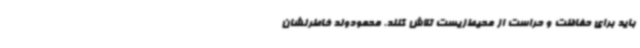
باید برای حفاظت و حراست از محیط‌زیست تلاش کنند. محمودوند خاطرنشان